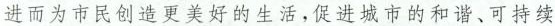
进而为市民创造更美好的生活，促进城市的和谐、可持续